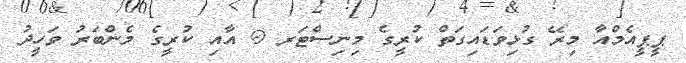
ޕީޕީއެމްއާ މިރޭ ގުޅިވަޑައިގަތް ކުރީގެ މިނިސްޓަރ @ އާއި ކުރީގެ މެންބަރު ވަހީދު